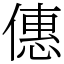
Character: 僡